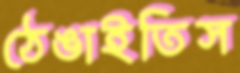
ঠেঙাইতিস